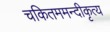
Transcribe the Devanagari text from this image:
चकितममन्दीकृत्य